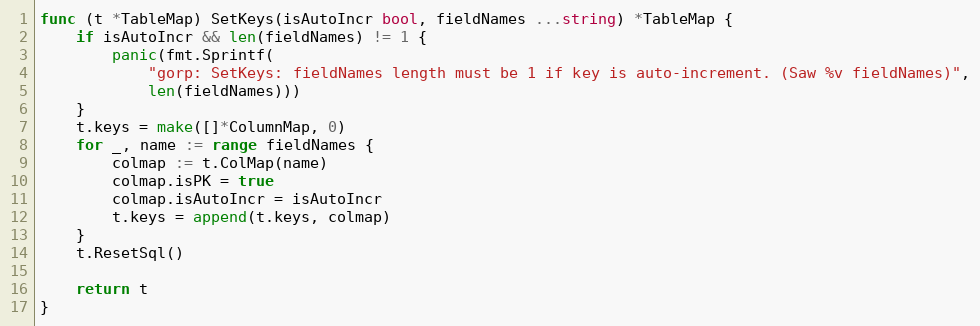
Language: Go
func (t *TableMap) SetKeys(isAutoIncr bool, fieldNames ...string) *TableMap {
	if isAutoIncr && len(fieldNames) != 1 {
		panic(fmt.Sprintf(
			"gorp: SetKeys: fieldNames length must be 1 if key is auto-increment. (Saw %v fieldNames)",
			len(fieldNames)))
	}
	t.keys = make([]*ColumnMap, 0)
	for _, name := range fieldNames {
		colmap := t.ColMap(name)
		colmap.isPK = true
		colmap.isAutoIncr = isAutoIncr
		t.keys = append(t.keys, colmap)
	}
	t.ResetSql()

	return t
}